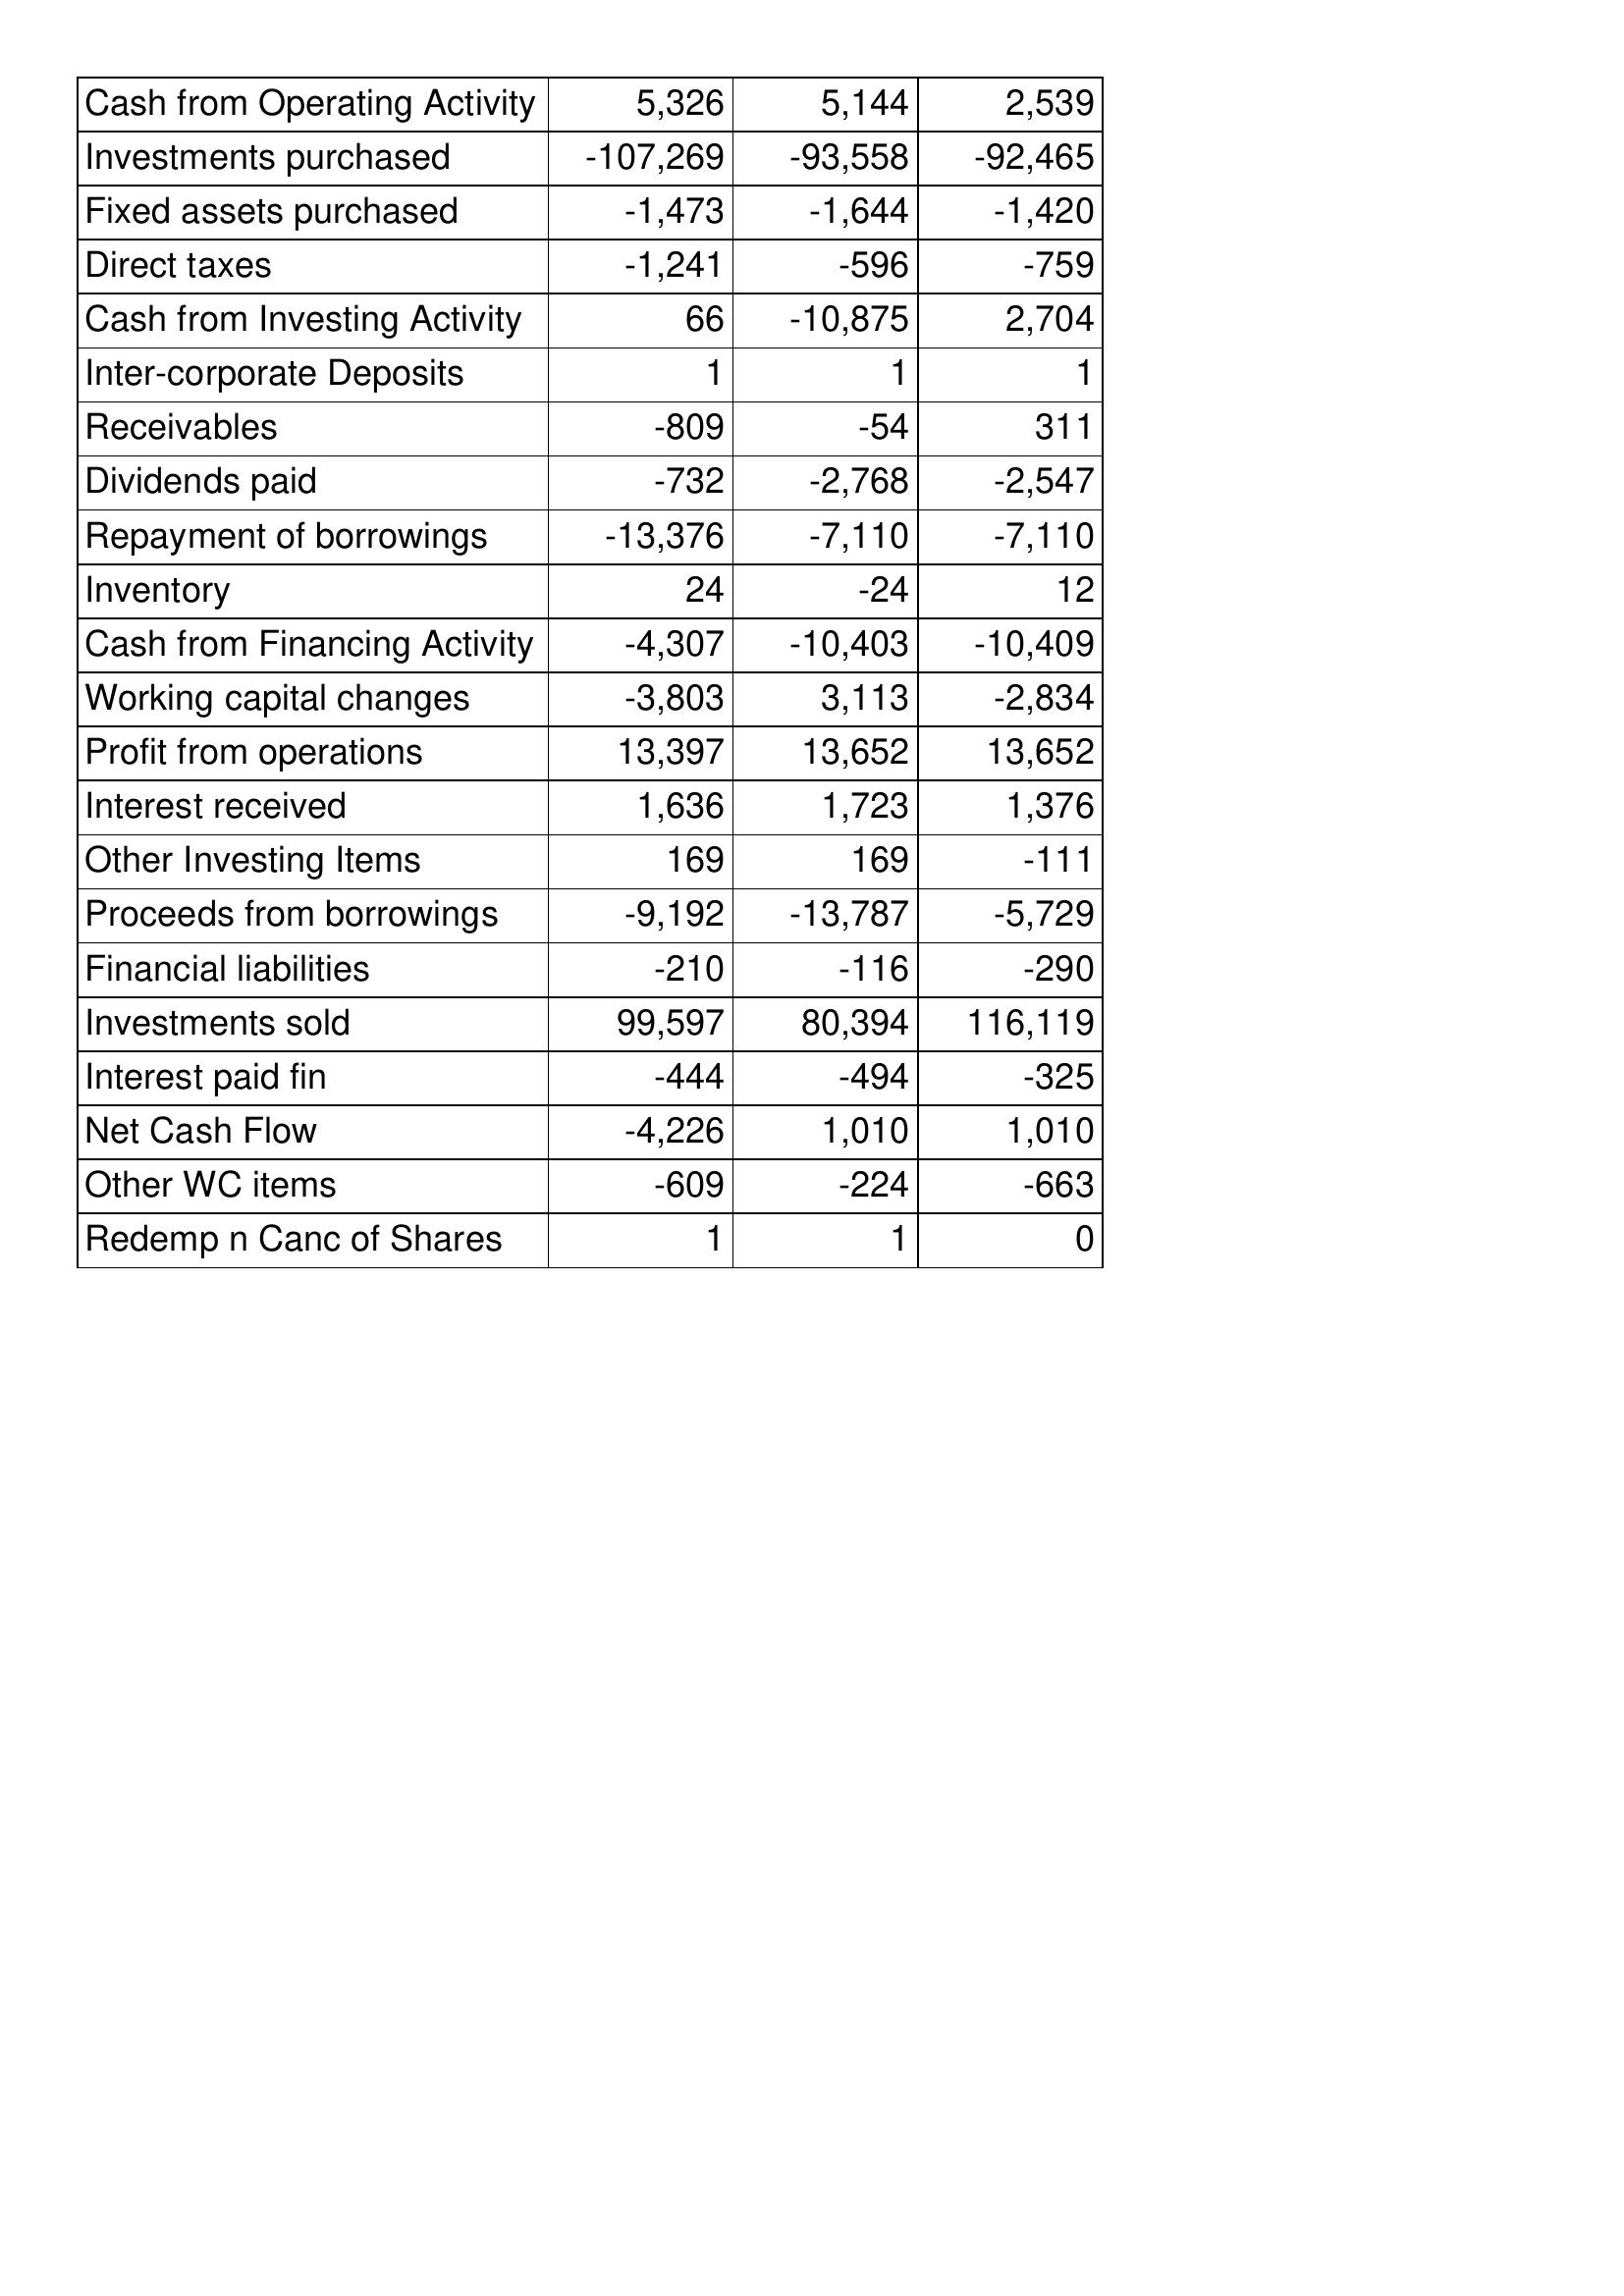
Jan-09: Cash Flows: Cash from Operating Activity: 5,326
Investments purchased: -107,269
Fixed assets purchased: -1,473
Direct taxes: -1,241
Cash from Investing Activity: 66
Inter-corporate Deposits: 1
Receivables: -809
Dividends paid: -732
Repayment of borrowings: -13,376
Inventory: 24
Cash from Financing Activity: -4,307
Working capital changes: -3,803
Profit from operations: 13,397
Interest received: 1,636
Other Investing Items: 169
Proceeds from borrowings: -9,192
Financial liabilities: -210
Investments sold: 99,597
Interest paid fin: -444
Net Cash Flow: -4,226
Other WC items: -609
Redemp n Canc of Shares: 1
Jan-10: Cash Flows: Cash from Operating Activity: 5,144
Investments purchased: -93,558
Fixed assets purchased: -1,644
Direct taxes: -596
Cash from Investing Activity: -10,875
Inter-corporate Deposits: 1
Receivables: -54
Dividends paid: -2,768
Repayment of borrowings: -7,110
Inventory: -24
Cash from Financing Activity: -10,403
Working capital changes: 3,113
Profit from operations: 13,652
Interest received: 1,723
Other Investing Items: 169
Proceeds from borrowings: -13,787
Financial liabilities: -116
Investments sold: 80,394
Interest paid fin: -494
Net Cash Flow: 1,010
Other WC items: -224
Redemp n Canc of Shares: 1
Jan-11: Cash Flows: Cash from Operating Activity: 2,539
Investments purchased: -92,465
Fixed assets purchased: -1,420
Direct taxes: -759
Cash from Investing Activity: 2,704
Inter-corporate Deposits: 1
Receivables: 311
Dividends paid: -2,547
Repayment of borrowings: -7,110
Inventory: 12
Cash from Financing Activity: -10,409
Working capital changes: -2,834
Profit from operations: 13,652
Interest received: 1,376
Other Investing Items: -111
Proceeds from borrowings: -5,729
Financial liabilities: -290
Investments sold: 116,119
Interest paid fin: -325
Net Cash Flow: 1,010
Other WC items: -663
Redemp n Canc of Shares: 0